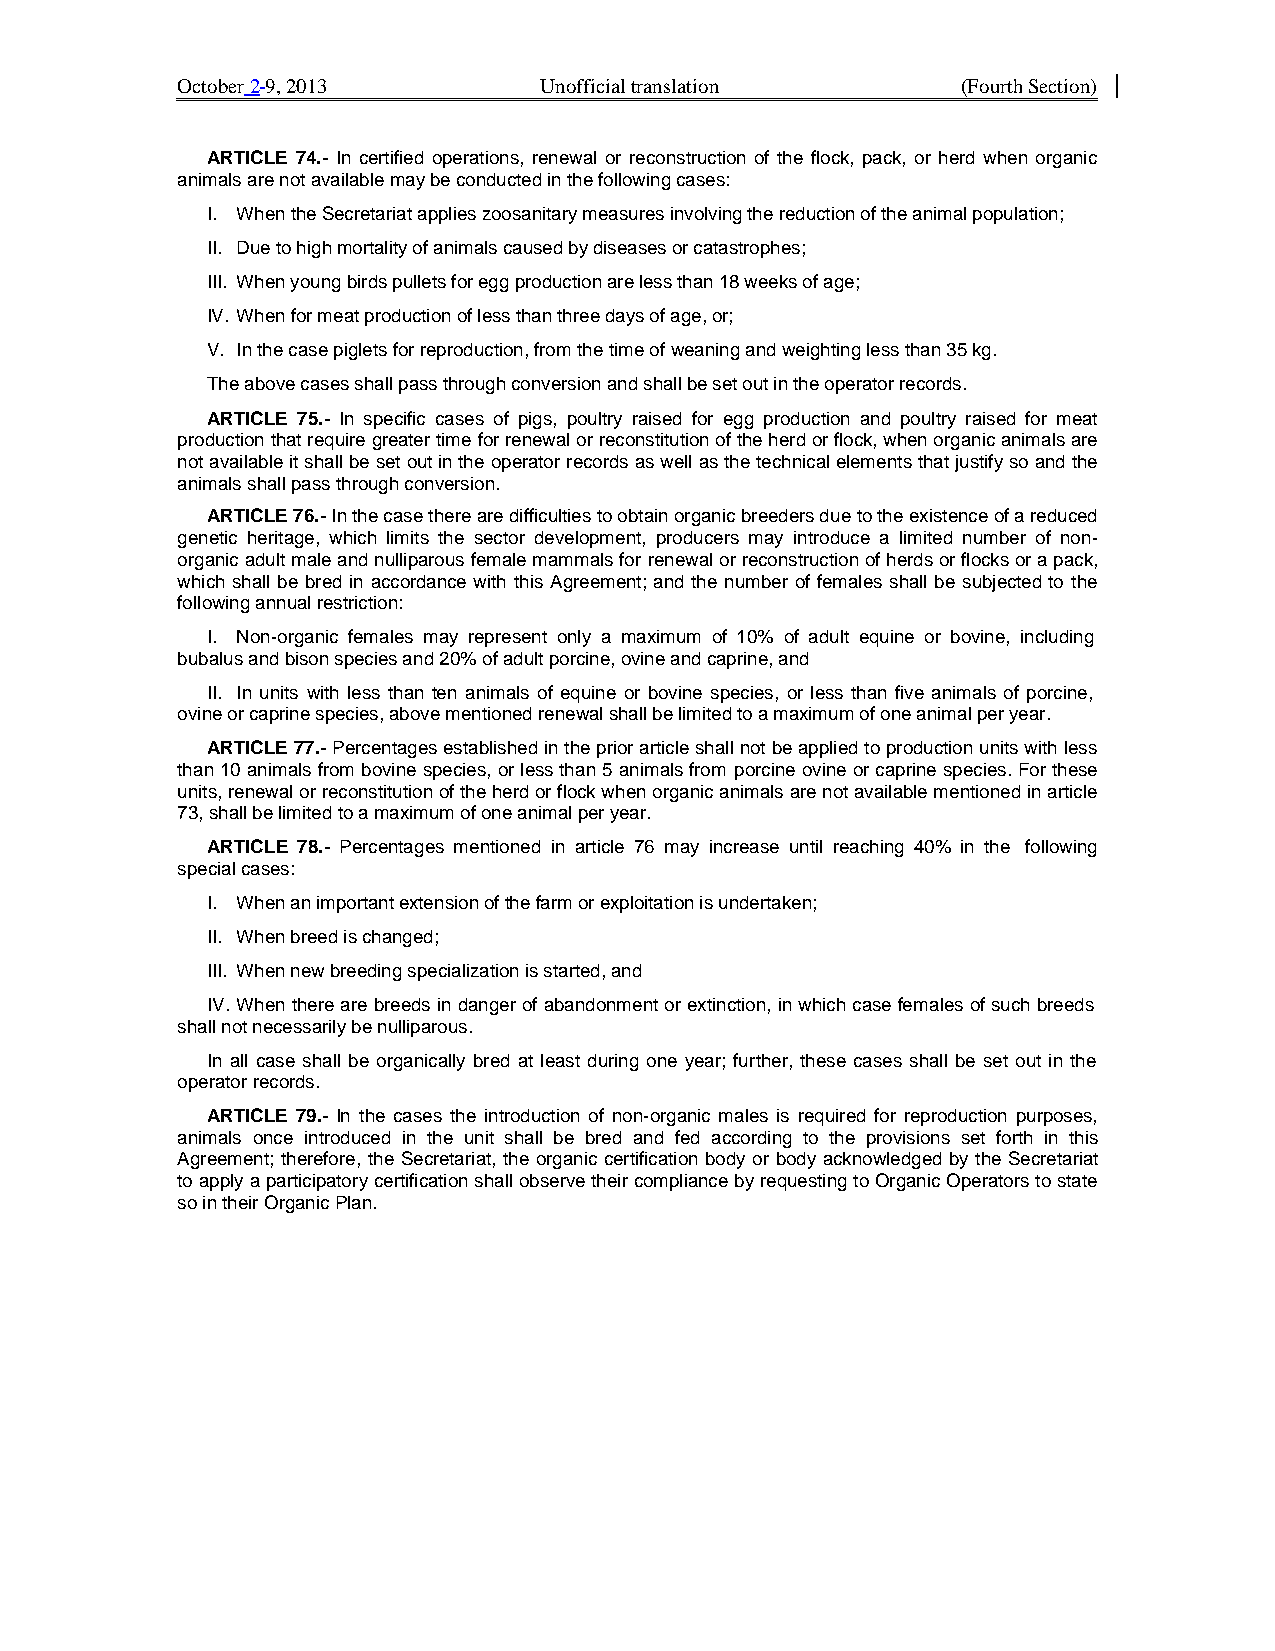
October 2 9, 2013       Unofficial translation      (Fourth Section)
 ARTICLE 74.- In certified operations, renewal or reconstruction of the flock, pack, or herd when organic
 animals are not available may be conducted in the following cases:
 I. When the Secretariat applies zoosanitary measures involving the reduction of the animal population;
 II. Due to high mortality of animals caused by diseases or catastrophes;
 III. When young birds pullets for egg production are less than 18 weeks of age;
 IV. When for meat production of less than three days of age, or;
 V. In the case piglets for reproduction, from the time of weaning and weighting less than 35 kg.
 The above cases shall pass through conversion and shall be set out in the operator records.
 ARTICLE 75.- In specific cases of pigs, poultry raised for egg production and poultry raised for meat
 production that require greater time for renewal or reconstitution of the herd or flock, when organic animals are
 not available it shall be set out in the operator records as well as the technical elements that justify so and the
 animals shall pass through conversion.
 ARTICLE 76.- In the case there are difficulties to obtain organic breeders due to the existence of a reduced
 genetic heritage, which limits the sector development, producers may introduce a limited number of non-
 organic adult male and nulliparous female mammals for renewal or reconstruction of herds or flocks or a pack,
 which shall be bred in accordance with this Agreement; and the number of females shall be subjected to the
 following annual restriction:
 I. Non-organic females may represent only a maximum of 10% of adult equine or bovine, including
 bubalus and bison species and 20% of adult porcine, ovine and caprine, and
 II. In units with less than ten animals of equine or bovine species, or less than five animals of porcine,
 ovine or caprine species, above mentioned renewal shall be limited to a maximum of one animal per year.
 ARTICLE 77.- Percentages established in the prior article shall not be applied to production units with less
 than 10 animals from bovine species, or less than 5 animals from porcine ovine or caprine species. For these
 units, renewal or reconstitution of the herd or flock when organic animals are not available mentioned in article
 73, shall be limited to a maximum of one animal per year.
 ARTICLE 78.- Percentages mentioned in article 76 may increase until reaching 40% in the following
 special cases:
 I. When an important extension of the farm or exploitation is undertaken;
 II. When breed is changed;
 III. When new breeding specialization is started, and
 IV. When there are breeds in danger of abandonment or extinction, in which case females of such breeds
 shall not necessarily be nulliparous.
 In all case shall be organically bred at least during one year; further, these cases shall be set out in the
 operator records.
 ARTICLE 79.- In the cases the introduction of non-organic males is required for reproduction purposes,
 animals once introduced in the unit shall be bred and fed according to the provisions set forth in this
 Agreement; therefore, the Secretariat, the organic certification body or body acknowledged by the Secretariat
 to apply a participatory certification shall observe their compliance by requesting to Organic Operators to state
 so in their Organic Plan.